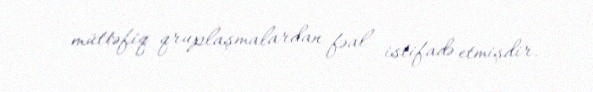
müttəfiq qruplaşmalardan fəal istifadə etmişdir.